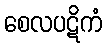
စေလပဋိကံ